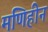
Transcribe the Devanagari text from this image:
मणिहीन